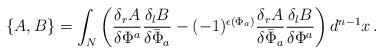
LaTeX: \begin{align*}\{A,B\}=\int_N \left(\frac{\delta_r A}{\delta \Phi^a}\frac{\delta_l B}{\delta \bar{\Phi}_a}-(-1)^{\epsilon(\Phi_a)}\frac{\delta_r A}{\delta \bar{\Phi}_a}\frac{\delta_l B}{\delta \Phi^a}\right)d^{n-1}x\,.\end{align*}